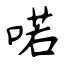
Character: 喏